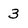
Character: 3